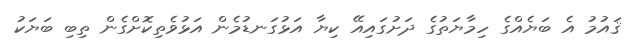
ޤައުމު އެ ބަޔެއްގެ ހިމާޔަތުގެ ދަށުގައިއޭ ކިޔާ އަޅުގަނޑުމެން އަޅުވެތިކޮށްގެން ތިބި ބަޔަކު